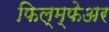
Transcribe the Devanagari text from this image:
फिल्म्फेअर